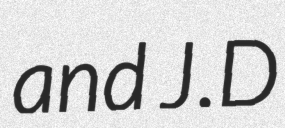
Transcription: and J.D